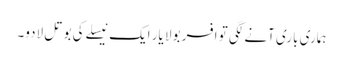
ہماری باری آنے لگی تو افسر بولا یار ایک نیسلے کی بوتل لادو۔